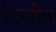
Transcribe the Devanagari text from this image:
पिट्सफील्ड